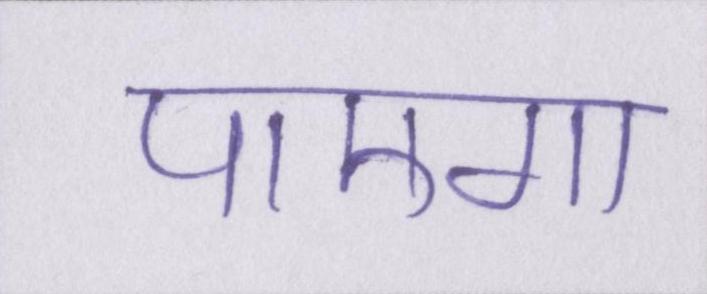
पाएगा